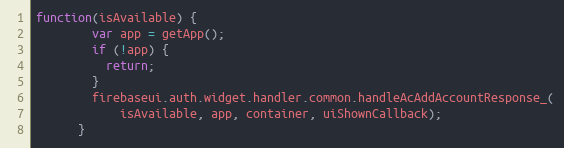
Language: JavaScript
function(isAvailable) {
        var app = getApp();
        if (!app) {
          return;
        }
        firebaseui.auth.widget.handler.common.handleAcAddAccountResponse_(
            isAvailable, app, container, uiShownCallback);
      }